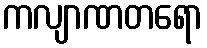
ကလျာဏတရော